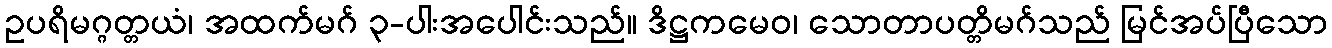
ဥပရိမဂ္ဂတ္တယံ၊ အထက်မဂ် ၃-ပါးအပေါင်းသည်။ ဒိဋ္ဌကမေဝ၊ သောတာပတ္တိမဂ်သည် မြင်အပ်ပြီသော